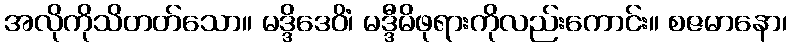
အလိုကိုသိတတ်သော။ မဒ္ဒိဒေဝိံ၊ မဒ္ဒီမိဖုရားကိုလည်းကောင်း။ စဇမာနော၊